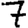
Digit: 7